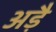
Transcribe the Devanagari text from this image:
अड़ै